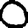
Digit: 0